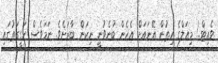
ވެއިޓް..! މިއަލްގެ ހިތުން އޭނައަށް އެހެން ބުނެވުނީ ނިކަން ބާރަށެވެ. ނަމަވެސް ހަގީގަތުގައި